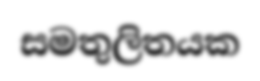
සමතුලිතයක